Scottish Leaving Certificate Examination, 1960
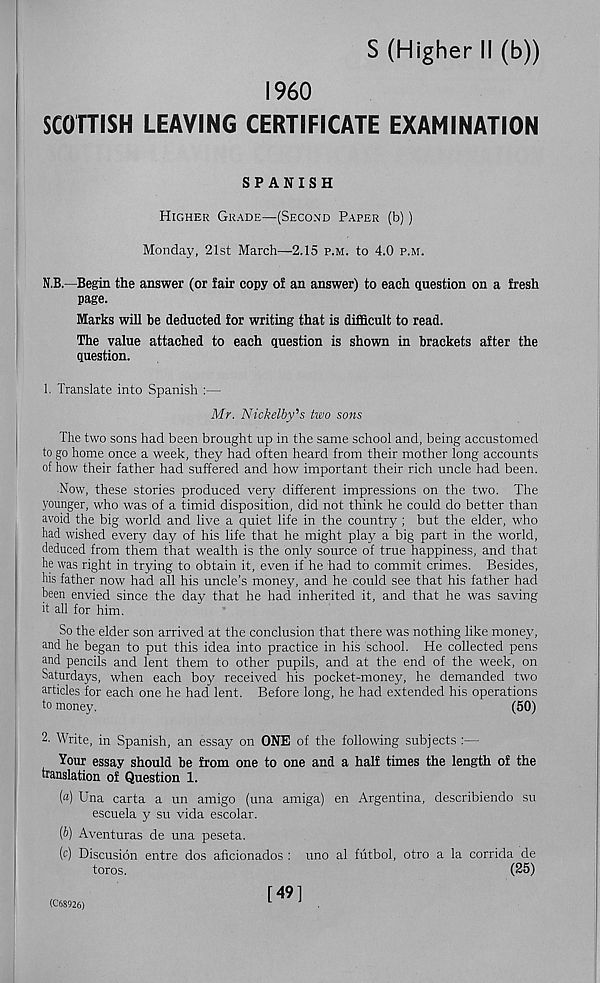
S (Higher II (b))
I960
SCOTTISH LEAVING CERTIFICATE EXAMINATION
SPANISH
Higher Grade—(Second Paper (b))
Monday, 21st March—2.15 p.m. to 4.0 p.m.
N.B.—Begin the answer (or fair copy of an answer) to each question on a fresh
page.
Marks will be deducted for writing that is difficult to read.
The value attached to each question is shown in brackets after the
question.
1. Translate into Spanish :—
Mr. Nickelby's two sons
The two sons had been brought up in the same school and, being accustomed
to go home once a week, they had often heard from their mother long accounts
of how their father had suffered and how important their rich uncle had been.
Now, these stories produced very different impressions on the two. The
younger, who was of a timid disposition, did not think he could do better than
avoid the big world and live a quiet life in the country ; but the elder, who
had wished every day of his life that he might play a big part in the world,
deduced from them that wealth is the only source of true happiness, and that
he was right in trying to obtain it, even if he had to commit crimes. Besides,
his father now had all his uncle’s money, and he could see that his father had
been envied since the day that he had inherited it, and that he was saving
it all for him.
So the elder son arrived at the conclusion that there was nothing like money,
and he began to put this idea into practice in his school. He collected pens
and pencils and lent them to other pupils, and at the end of the week, on
Saturdays, when each boy received his pocket-money, he demanded two
articles for each one he had lent. Before long, he had extended his operations
to money.
(50)
2. Write, in Spanish, an essay on ONE of the following subjects :—
Your essay should be from one to one and a half times the length of the
translation of Question 1.
(«) Una carta a un amigo (una amiga) en Argentina, describiendo su
escuela y su vida escolar.
(b) Aventuras de una peseta.
(e) Discusion entre dos aficionados : uno al futbol, otro a la corrida de
toros.
(25)
(C68926)
[49]